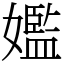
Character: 㜮